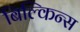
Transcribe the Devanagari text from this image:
बिल्किन्स